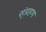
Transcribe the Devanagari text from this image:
स्ंग्रहण